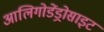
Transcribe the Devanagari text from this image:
आलिगोडेंड्रोसाइट